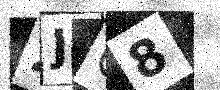
Text: 2JC8